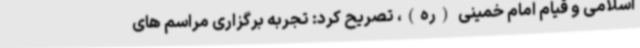
اسلامی و قیام امام خمینی (ره)، تصریح کرد: تجربه برگزاری مراسم های